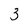
Character: 3